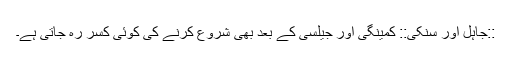
::جاہل اور سنکی:: کمینگی اور جیلسی کے بعد بھی شروع کرنے کی کوئی کسر رہ جاتی ہے۔